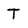
Character: t